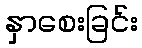
နှာစေးခြင်း